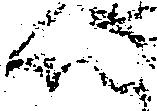
所